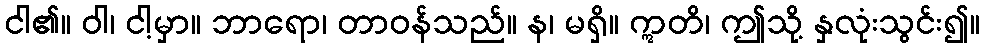
ငါ၏။ ဝါ၊ ငါ့မှာ။ ဘာရော၊ တာဝန်သည်။ န၊ မရှိ။ ဣတိ၊ ဤသို့ နှလုံးသွင်း၍။